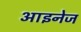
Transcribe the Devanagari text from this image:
आइनेज